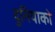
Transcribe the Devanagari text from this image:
दुनियाको